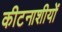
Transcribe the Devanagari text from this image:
कीटनाशीयों